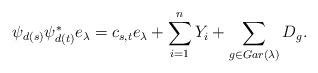
LaTeX: \begin{align*} \psi_{d(s)}\psi_{d(t)}^*e_{\lambda}=c_{s,t} e_{\lambda}+\sum_{i=1}^{n} Y_i+\sum_{g\in Gar(\lambda)} D_g. \end{align*}